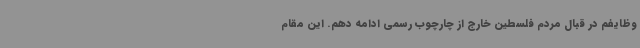
وظایفم در قبال مردم فلسطین خارج از چارچوب رسمی ادامه دهم. این مقام